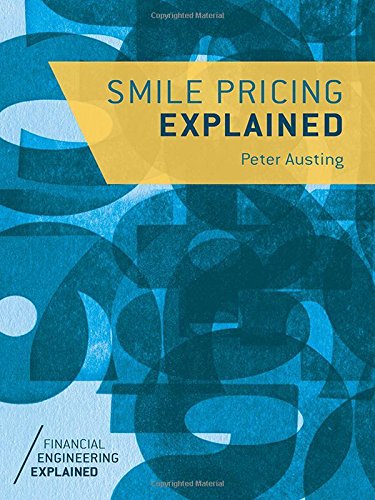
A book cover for Smile Pricing Explained (Financial Engineering Explained); Peter Austing; Business & Money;